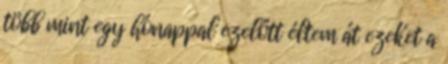
több mint egy hónappal ezelőtt éltem át ezeket a